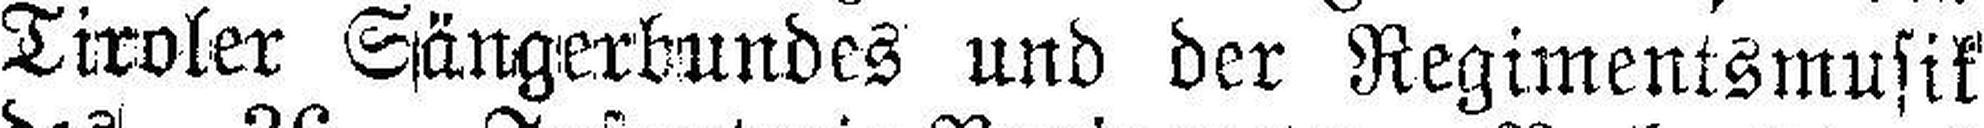
Tiroler Sängerbundes und der Regimentsmusik